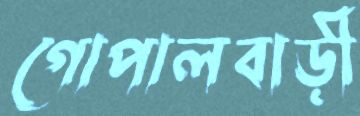
গোপালবাড়ী